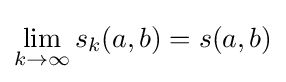
\lim _{k\to \infty }s_{k}(a,b)=s(a,b)